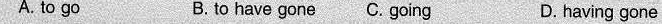
A. to go B.to have gone C.going D.having gone